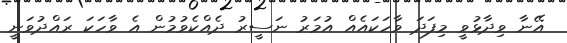
އޭނާ ވިދާޅުވީ މިފަދަ ވާހަކައެއް އުމަރު ނަސީރު ދެއްކެވުމުން އެ ވާހަކަ ރައްދުވަނީ